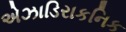
એઝાડિરાકનિક